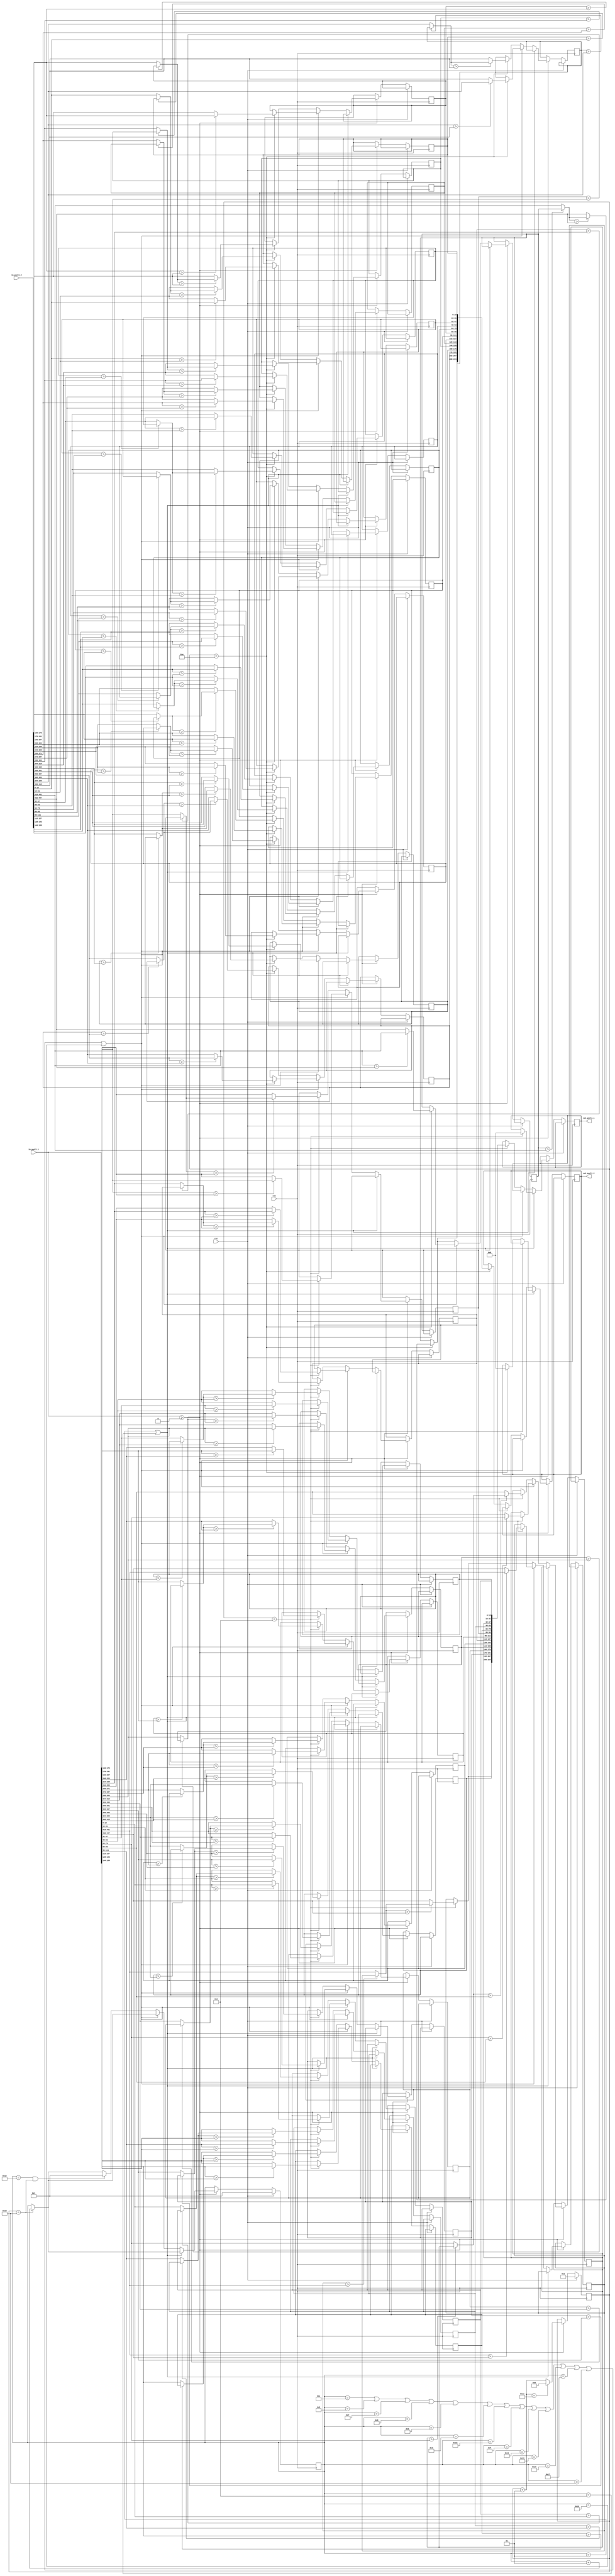
//*************************************************//
//*******************************************//
//*******************************************************//
//***************************************************//
//********************CNNFPGA******************//
//********************2019.06.01*******************************//
//*************************************************//

module PoolLay1(
	clk,
	rst,
	in_pool1_1,
	in_pool1_2,
	
	out_pool1_1,
	out_pool1_2
);

input clk;
input rst;
input [447:0] in_pool1_1;
input [447:0] in_pool1_2;

//
output reg [223:0] out_pool1_1;
output reg [223:0] out_pool1_2;

reg [223:0] out_mid1;
reg [223:0] out_mid2;

//
integer line;
integer count;

//
function [15:0] max_data;
	input [15:0] in1;
	input [15:0] in2;
	begin
		max_data = in1 > in2 ? in1 : in2;
	end
endfunction

generate 
	genvar i;
	for(i=0;i<14;i=i+1) begin: ggz
		always @(posedge clk) 
		begin
			if(rst) begin
				if(i==13) begin
					line  = 5'd1;
					count = 2;
				end
			end
			
			else begin
				if(in_pool1_1>=0) begin
					if(line==1 || line==2) begin
						if(i==13) begin
							if(count==2) out_pool1_1 = 224'h0;
							else if(count==14) out_pool1_2 = 224'h0;
							if(count==25) line = line+1;
						end
					end
					
					else if(line==3 || line==5 || line==7 || line==9 || line==11 || line==13 || line==29
					|| line==15 || line==17 || line==19 || line==21 || line==23 || line==25 || line==27) begin
						if(count==2)	out_mid1[i*16+15:i*16] = max_data(in_pool1_1[i*32+15:i*32], in_pool1_1[i*32+31:i*32+16]);
						if(count==14)	out_mid2[i*16+15:i*16] = max_data(in_pool1_2[i*32+15:i*32], in_pool1_2[i*32+31:i*32+16]);
						if(i==13) begin
							if(count==25) line = line+1; 
						end
					end
					
					else begin
						if(count==2) begin
							out_mid1[i*16+15:i*16] = max_data(out_mid1[i*16+15:i*16], in_pool1_1[i*32+15:i*32]);
							out_mid1[i*16+15:i*16] = max_data(out_mid1[i*16+15:i*16], in_pool1_1[i*32+31:i*32+16]);
						end
						
						if(count==14) begin
							out_mid2[i*16+15:i*16] = max_data(out_mid2[i*16+15:i*16], in_pool1_2[i*32+15:i*32]);
							out_mid2[i*16+15:i*16] = max_data(out_mid2[i*16+15:i*16], in_pool1_2[i*32+31:i*32+16]);
						end
						
						if(i==13) begin
							if(count==2) out_pool1_1 = out_mid1;
							else if(count==14) out_pool1_2 = out_mid2;
							
							/*if(count==25) begin
								$display("out_pool1_1 = %h", out_pool1_1);
							end*/
							
							if(line == 30 && count==25) begin 
								line = 5'd1;
								//$display("\n");
							end
							else begin
								if(count==25) line = line + 1;
							end
						end
					end
					
					if(i==13) begin
						count = count + 1;
						if(count==26) begin
							 count = 0;
							 //$display("out_pool1_1 = %h", out_pool1_1);
						end
					end
					
				end
			end
		end
	end

endgenerate


endmodule